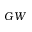
G W